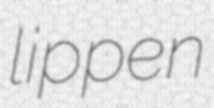
lippen